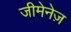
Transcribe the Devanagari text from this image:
जीमेनेज़